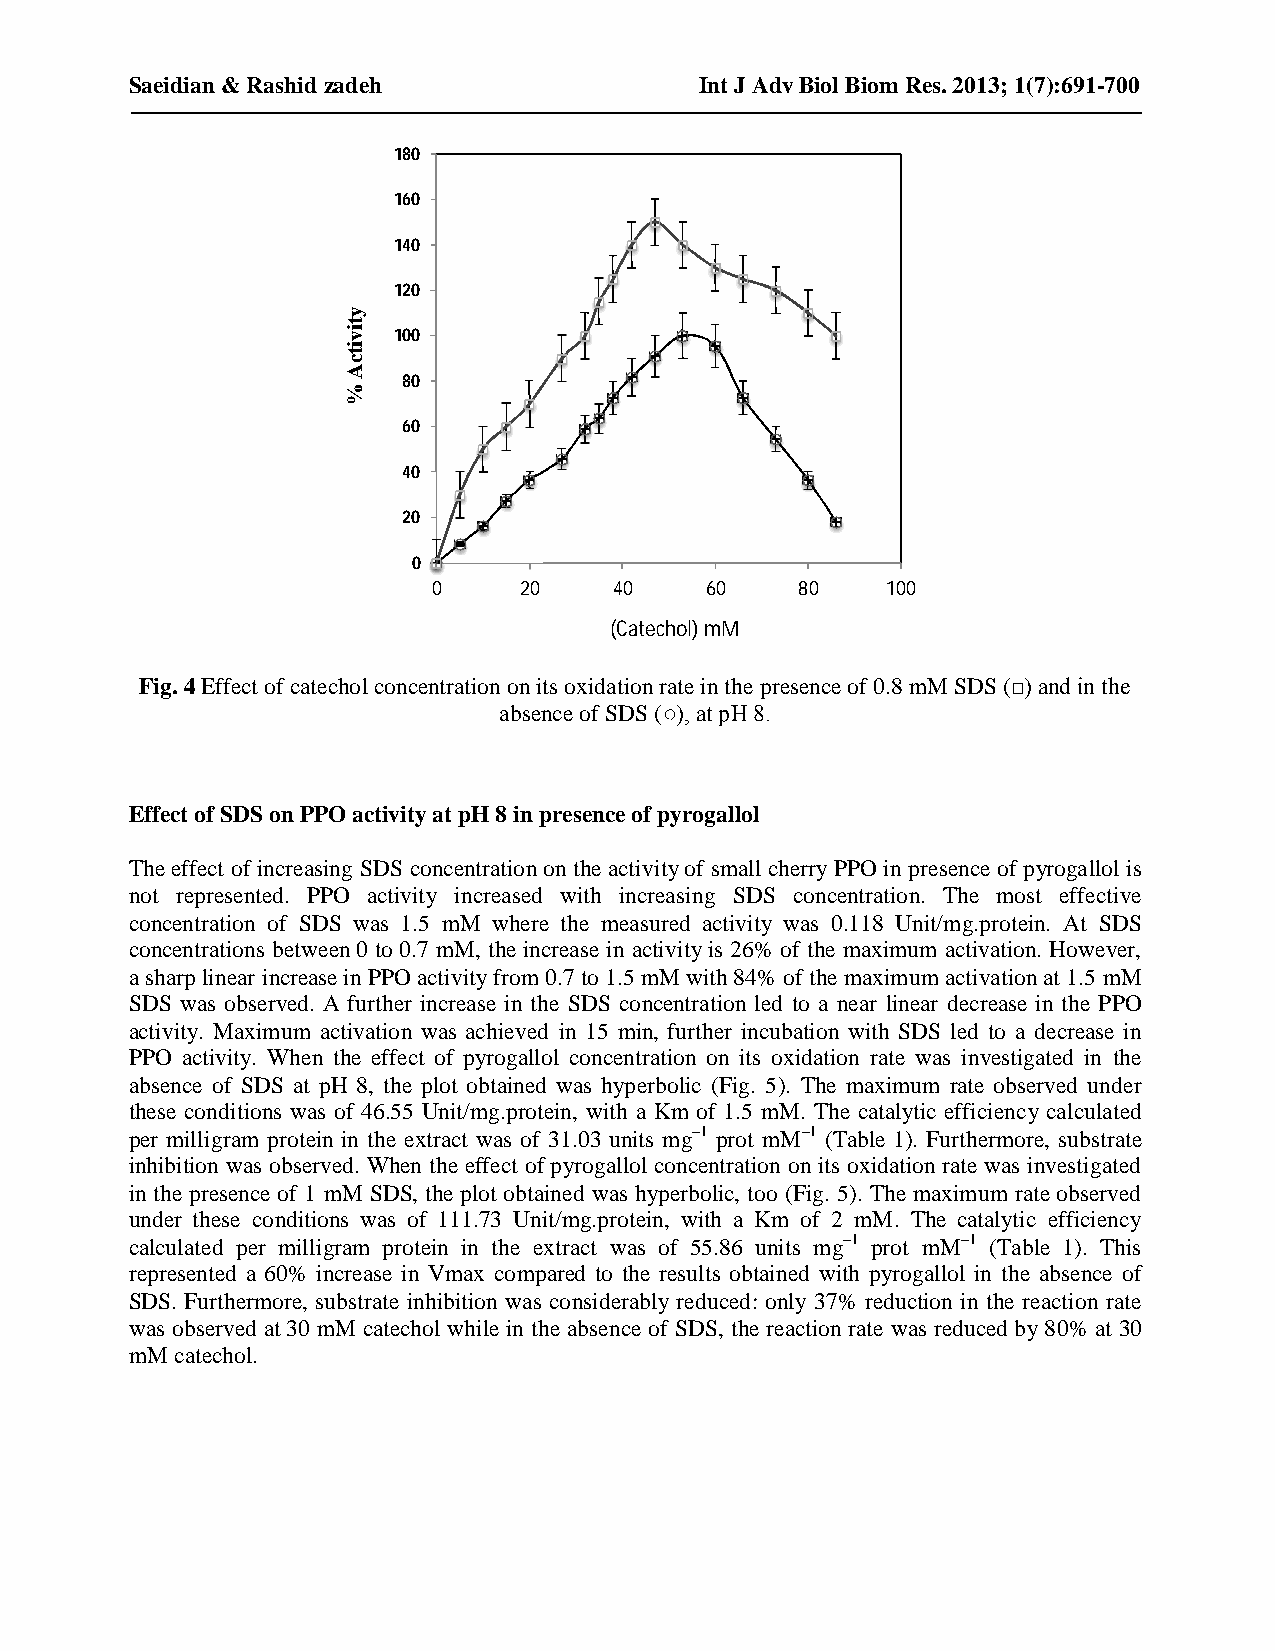
Saeidian & Rashid zadeh              Int J Adv Biol Biom Res. 2013; 1(7):691-700
 180
 160
 140
 120
 100
 80
 60
 40
 20
 0
 0    20     40    60    80    100
 (Catechol) mM
 Fig. 4 Effect of catechol concentration on its oxidation rate in the presence of 0.8 mM SDS (□) and in the
 absence of SDS (○), at pH 8.
 Effect of SDS on PPO activity at pH 8 in presence of pyrogallol
 The effect of increasing SDS concentration on the activity of small cherry PPO in presence of pyrogallol is
 not represented. PPO activity increased with increasing SDS concentration. The most effective
 concentration of SDS was 1.5 mM where the measured activity was 0.118 Unit/mg.protein. At SDS
 concentrations between 0 to 0.7 mM, the increase in activity is 26% of the maximum activation. However,
 a sharp linear increase in PPO activity from 0.7 to 1.5 mM with 84% of the maximum activation at 1.5 mM
 SDS was observed. A further increase in the SDS concentration led to a near linear decrease in the PPO
 activity. Maximum activation was achieved in 15 min, further incubation with SDS led to a decrease in
 PPO activity. When the effect of pyrogallol concentration on its oxidation rate was investigated in the
 absence of SDS at pH 8, the plot obtained was hyperbolic (Fig. 5). The maximum rate observed under
 these conditions was of 46.55 Unit/mg.protein, with a Km of 1.5 mM. The catalytic efficiency calculated
 per milligram protein in the extract was of 31.03 units mg–1 prot mM–1 (Table 1). Furthermore, substrate
 inhibition was observed. When the effect of pyrogallol concentration on its oxidation rate was investigated
 in the presence of 1 mM SDS, the plot obtained was hyperbolic, too (Fig. 5). The maximum rate observed
 under these conditions was of 111.73 Unit/mg.protein, with a Km of 2 mM. The catalytic efficiency
 calculated per milligram protein in the extract was of 55.86 units mg–1 prot mM–1 (Table 1). This
 represented a 60% increase in Vmax compared to the results obtained with pyrogallol in the absence of
 SDS. Furthermore, substrate inhibition was considerably reduced: only 37% reduction in the reaction rate
 was observed at 30 mM catechol while in the absence of SDS, the reaction rate was reduced by 80% at 30
 mM catechol.
 697 | Page
 ytivitcA
 %